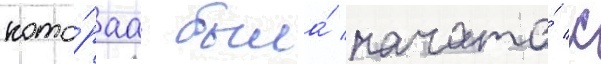
кото́раа была́ начата́ с